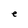
Character: e